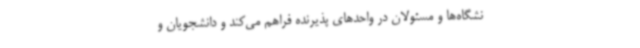
نشگاه‌ها و مسئولان در واحدهای پذیرنده فراهم می‌کند و دانشجویان و